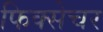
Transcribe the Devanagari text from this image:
फिक्सेचर